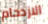
الازدحام